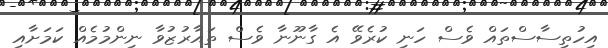
އިހުތިސާސްތައް ވެސް ހަނި ކުރެވޭ އެ ގާނޫނާ ވެސް ތައާރުޒުވާ ނިންމުމެއް ކަމަށާއި